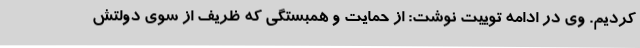
کردیم. وی در ادامه توییت نوشت: از حمایت و همبستگی که ظریف از سوی دولتش